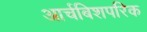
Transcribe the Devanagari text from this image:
आर्चबिशपरिक